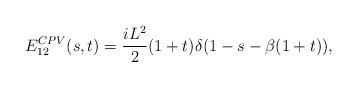
LaTeX: \begin{align*}E^{CPV}_{12}(s,t)={{iL^2}\over 2}(1+t)\delta(1-s-\beta (1+t)),\end{align*}